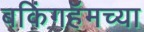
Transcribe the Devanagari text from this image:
बकिंगहॅमच्या